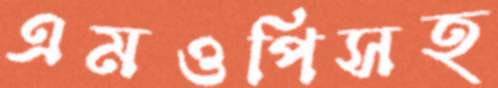
এমওপিসহ